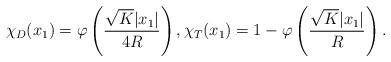
LaTeX: \begin{align*}\chi_D(x_1) = \varphi\left(\frac{\sqrt{K} |x_1|}{4R}\right), \chi_T(x_1) = 1-\varphi\left(\frac{\sqrt{K} |x_1|}{R}\right). \end{align*}